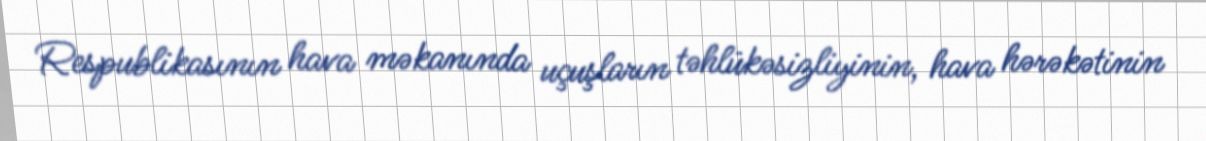
Respublikasının hava məkanında uçuşların təhlükəsizliyinin, hava hərəkətinin